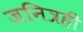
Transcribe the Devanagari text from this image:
जनित्रही